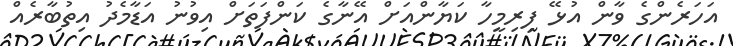
އަހަރެންގެ ވާން އުޅޭ ފިރިމީހާ ކަޔާންއަށް އޭނާގެ ކަންފަތަށް އިވުނު އަޑާމެދު އިތުބާރެއް